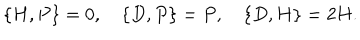
\{ H , P \} = 0 , \{ D , P \} = P , \{ D , H \} = 2 H .